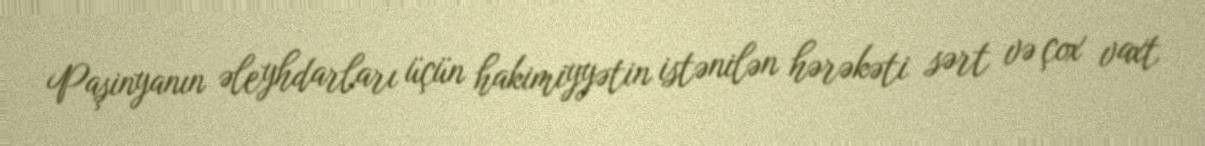
Paşinyanın əleyhdarları üçün hakimiyyətin istənilən hərəkəti sərt və çox vaxt